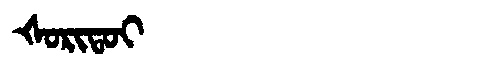
Manchu: ᡧᠣᡵᡳᡨᠣᡳ
Romanization: ŠORITOI